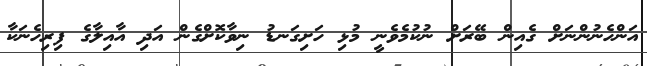
އަންހެނުންނަށް ގެއިން ބޭރަށް ނުކުމެވެނީ މުޅި ހަށިގަނޑު ނިވާކޮށްގެން އަދި އާއިލާގެ ފިރިހެނަކާ